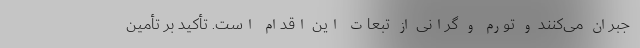
جبران می‌کنند و تورم و گرانی از تبعات این اقدام است. تأکید بر تأمین